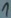
Text: 1